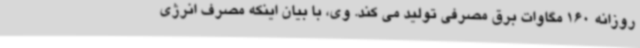
روزانه 160 مگاوات برق مصرفی تولید می کند. وی، با بیان اینکه مصرف انرژی